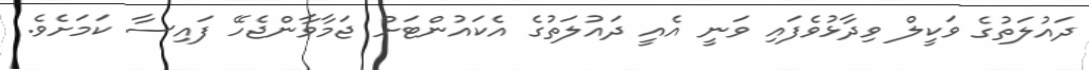
ދައުލަތުގެ ވަކީލް ވިދާޅުވެފައި ވަނީ އެއީ ދައުލަތުގެ އެކައުންޓަށް ޖަމާވާންޖެހޭ ފައިސާ ކަމަށެވެ.